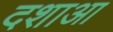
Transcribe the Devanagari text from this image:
दशाआ